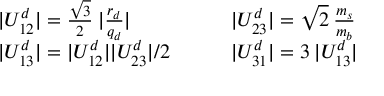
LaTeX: \begin{array} { l l l l } { { | U _ { 1 2 } ^ { d } | = \frac { \sqrt 3 } 2 \: | \frac { r _ { d } } { q _ { d } } | } } & { { } } & { { } } & { { | U _ { 2 3 } ^ { d } | = \sqrt 2 \: \frac { m _ { s } } { m _ { b } } } } \\ { { | U _ { 1 3 } ^ { d } | = | U _ { 1 2 } ^ { d } | | U _ { 2 3 } ^ { d } | / 2 } } & { { } } & { { } } & { { | U _ { 3 1 } ^ { d } | = 3 \: | U _ { 1 3 } ^ { d } | } } \end{array}